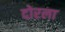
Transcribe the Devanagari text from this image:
दोरला